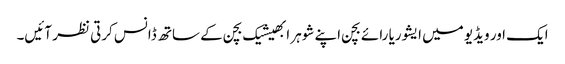
ایک اور ویڈیو میں ایشوریا رائے بچن اپنے شوہر ابھیشیک بچن کے ساتھ ڈانس کرتی نظر آئیں۔